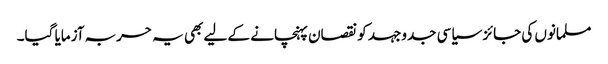
مسلمانوں کی جائز سیاسی جدوجہد کو نقصان پہنچانے کے لیے بھی یہ حربہ آزمایا گیا۔